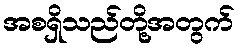
အစရှိသည်တို့အတွက်